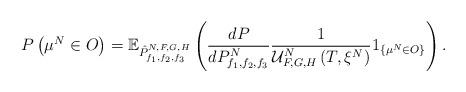
LaTeX: \begin{align*}P\left(\mu^N\in O\right)=\mathbb{E}_{\hat{P}^{N,F,G,H}_{f_1, f_2, f_3}}\left(\frac{dP}{dP^N_{f_1, f_2, f_3}}\frac{1}{\mathcal{U}^N_{F,G,H}\left(T, \xi^N\right)}1_{\{\mu^N\in O\}}\right).\end{align*}